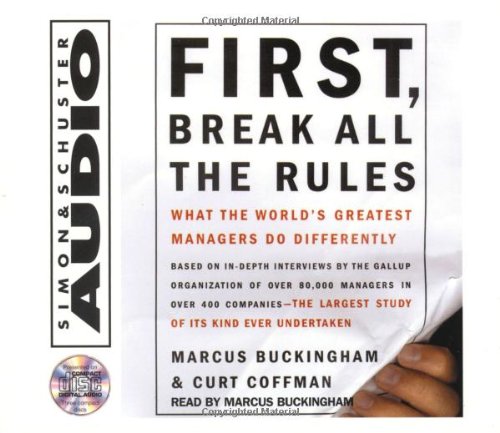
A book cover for First, Break All The Rules: What The Worlds Greatest Managers Do Differently; Marcus Buckingham; Reference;